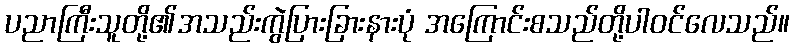
ပညာကြီးသူတို့၏အသည်းကွဲပြားခြားနားပုံ အကြောင်းစသည်တို့ပါဝင်လေသည်။